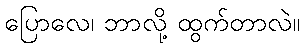
ပြောလေ၊ ဘာလို့ ထွက်တာလဲ။